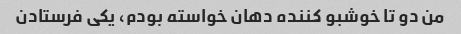
من دو تا خوشبو کننده دهان خواسته بودم، یکی فرستادن